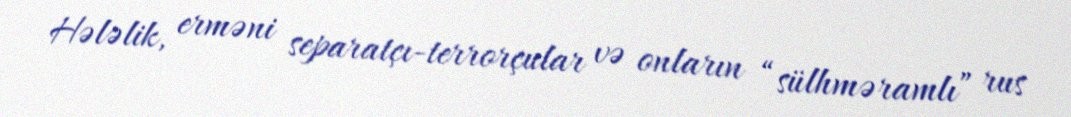
Hələlik, erməni separatçı-terrorçular və onların “sülhməramlı” rus